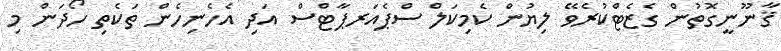
ޤާނޫނީގޮތުން ގެޒެޓްކުރެވޭ ލިޔުން ކެމިކަލް ސްޕެއަރޕާޓްސް އަދި އެހެނިހެން ތަކެތި ހޯދަން މި